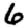
Digit: 6